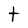
Character: t